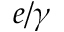
e / \gamma